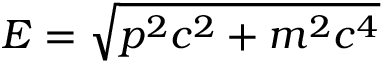
E = { \sqrt { p ^ { 2 } c ^ { 2 } + m ^ { 2 } c ^ { 4 } } }